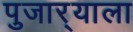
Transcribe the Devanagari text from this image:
पुजार्‍याला